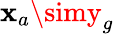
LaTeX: \mathbf{x}_{a}\simy_{g}